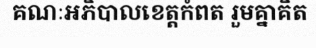
គណៈអភិបាលខេត្តកំពត រួមគ្នាគិត